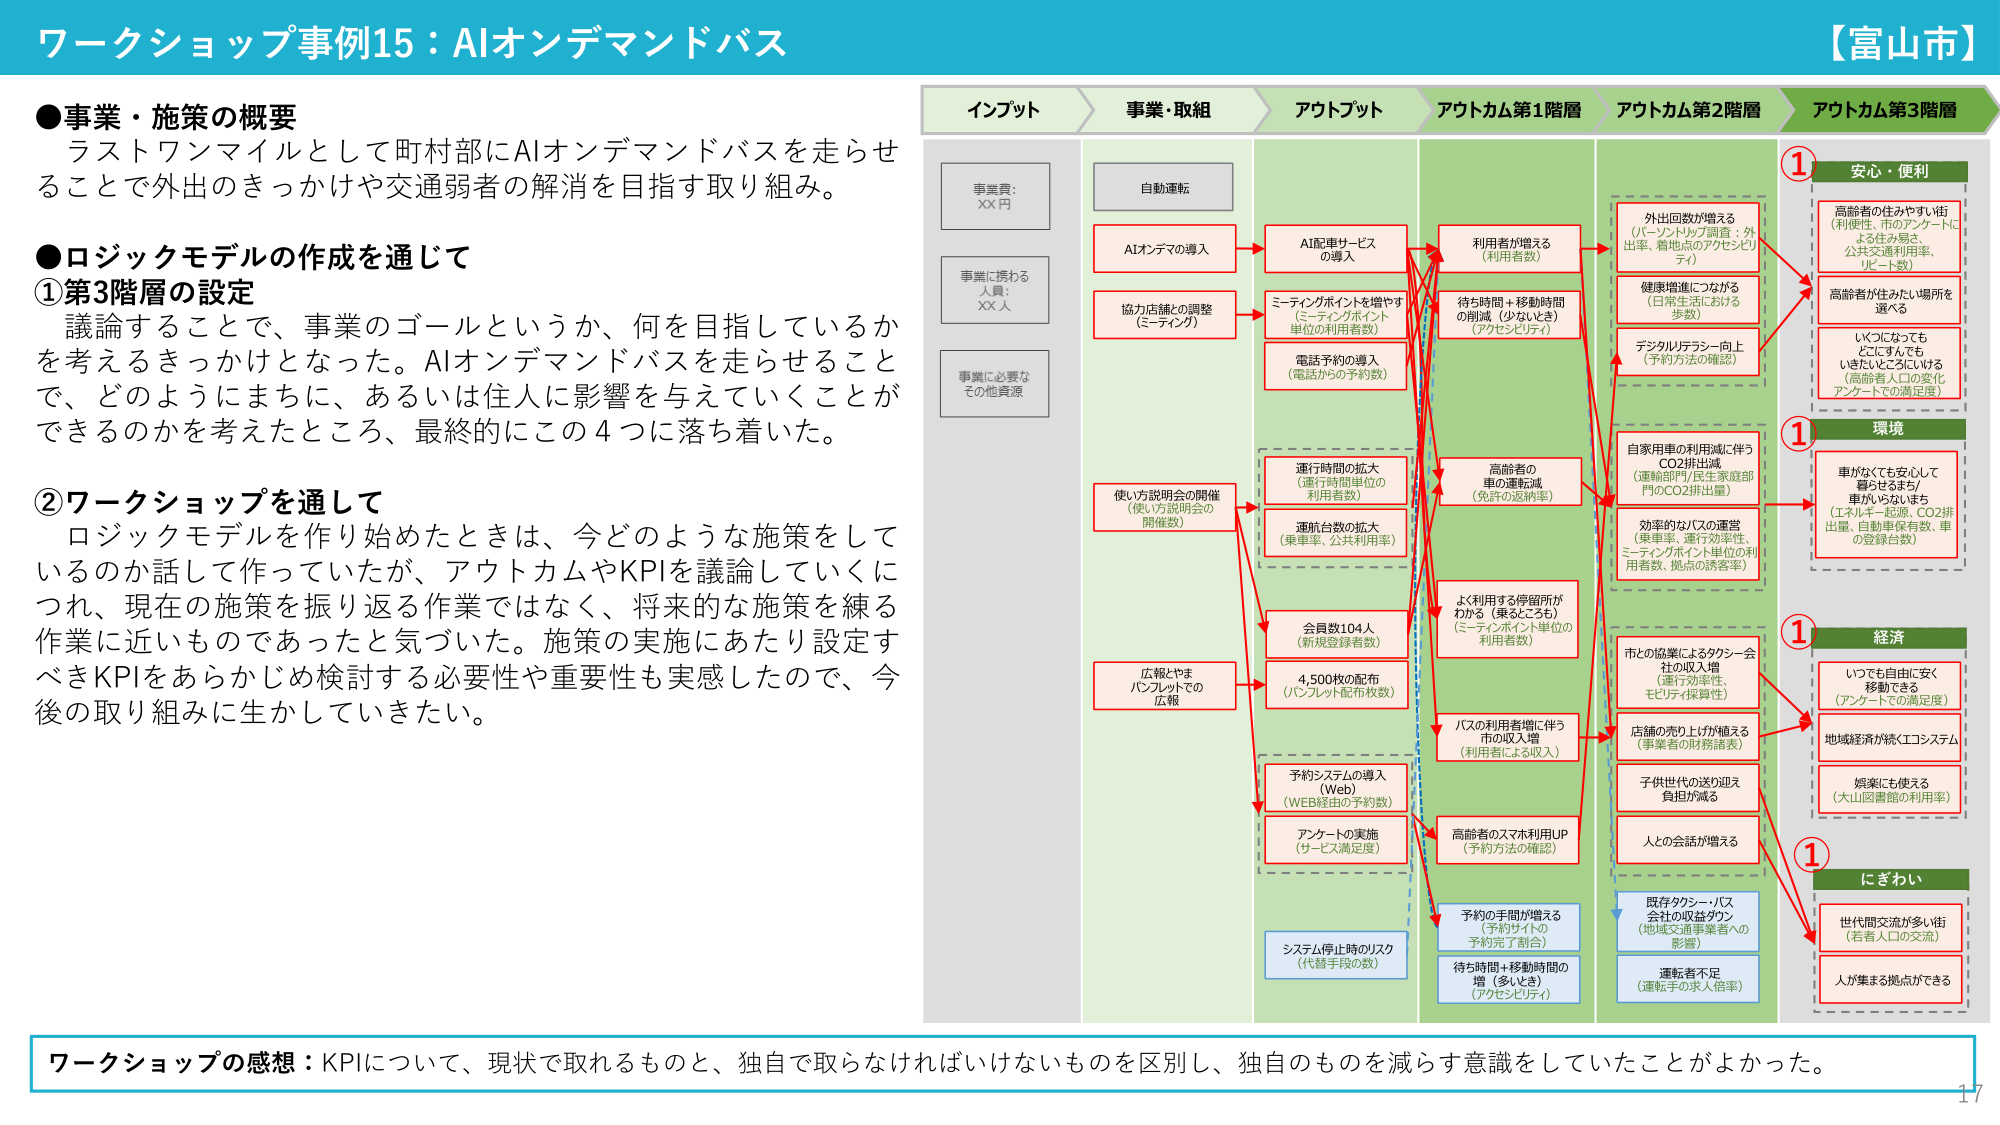
ワークショップ事例15：AIオンデマンドバス
【富山市】

●事業・施策の概要
ラストワンマイルとして町村部にAIオンデマンドバスを走らせることで外出のきっかけや交通弱者の解消を目指す取り組み。

●ロジックモデルの作成を通じて
①第3階層の設定
議論することで、事業のゴールというか、何を目指しているかを考えるきっかけとなった。AIオンデマンドバスを走らせることで、どのようにまちに、あるいは住人に影響を与えていくことができるのかを考えたところ、最終的にこの4つに落ち着いた。

②ワークショップを通して
ロジックモデルを作り始めたときは、今どのような施策をしているのか話して作っていたが、アウトカムやKPIを議論していくにつれ、現在の施策を振り返る作業ではなく、将来的な施策を練る作業に近いものであったと気づいた。施策の実施にあたり設定すべきKPIをあらかじめ検討する必要性や重要性も実感したので、今後の取り組みに生かしていきたい。

インプット
事業費：XX円
事業に携わる人員：XX人
事業に必要なその他資源

事業・取組
自動運転
AIオンデマンドの導入
協力店舗との調整（ミーティング）
使い方説明会の開催（使い方説明会の開催数）
広報とヤマパンフレットでの広報
予約システムの導入（Web）（WEB経由の予約数）
アンケートの実施（サービス満足度）
システム停止時のリスク（代替手段の数）

アウトプット
AI配車サービスの導入
ミーティングポイントを増やす（ミーティングポイント単位の利用者数）
電話予約の導入（電話からの予約数）
運行時間の拡大（運行時間単位の利用者数）
運航台数の拡大（乗車率、公共利用率）
会員数104人（新規登録者数）
4,500枚の配布（パンフレット配布枚数）

アウトカム第1階層
利用者が増える（利用者数）
待ち時間＋移動時間の削減（少ないとき）（アクセスビリティ）
高齢者の車の運転減（免許の返納率）
よく利用する停留所がわかる（乗るところも）（ミーティングポイント単位の利用者数）
バスの利用者増に伴う市の収入増（利用者による収入）
高齢者のスマホ利用UP（予約方法の確認）
予約の手間が増える（予約サイトの予約完了割合）
待ち時間＋移動時間の増（多いとき）（アクセスビリティ）

アウトカム第2階層
外出回数が増える（バーチャルトップ調査：外出率、着地点のアクセスビリティ）
健康増進につながる（日常生活における歩数）
デジタルリテラシー向上（予約方法の確認）
自家用車の利用減に伴うCO2排出減（運輸部門/民生家庭部門のCO2排出量）
効率的なバスの運営（乗車率、運行効率性、ミーティングポイント単位の利用者数、拠点の誘客率）
市との協働によるタクシー会社の収入増（運行効率性、セキュリティ保有性）
店舗の売り上げが増える（事業者の財務諸表）
子供世代の送り迎え負担が減る
人との会話が増える
既存タクシー・バス会社の収益ダウン（地域交通事業者への影響）
運転者不足（運転手の求人倍率）

アウトカム第3階層
①安心・便利
高齢者の住みやすい街（利便性、市のアンケートによる住み易さ、公共交通利用率、リピート数）
高齢者が住みたい場所を選べる
いくつになってもどこにすんでもいきたいところにいける（高齢者人口の変化、アンケートでの満足度）

①環境
車がなくても安心して暮らせるまち/車からなしも（エネルギー起源、CO2排出量、自動車保有数、車の登録台数）

①経済
いつでも自由に安く移動できる（アンケートでの満足度）
地域経済が活性化（エコシステム）
娯楽にも使える（大山図書館の利用率）

①にぎわい
世代間交流が多い街（若者人口の交流）
人が集まる拠点ができる

ワークショップの感想：KPIについて、現状で取れるものと、独自で取らなければならないものを区別し、独自のものを減らす意識をしていたことがよかった。
17